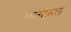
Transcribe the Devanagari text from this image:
भागफ़ल